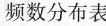
频数分布表